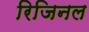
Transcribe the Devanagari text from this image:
रिजिनल